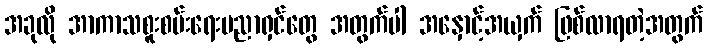
အခုလို အာကာသစူးစမ်းရေးပညာရှင်တွေ အတွက်ပါ အနှောင့်အယှက် ဖြစ်လာရတဲ့အတွက်